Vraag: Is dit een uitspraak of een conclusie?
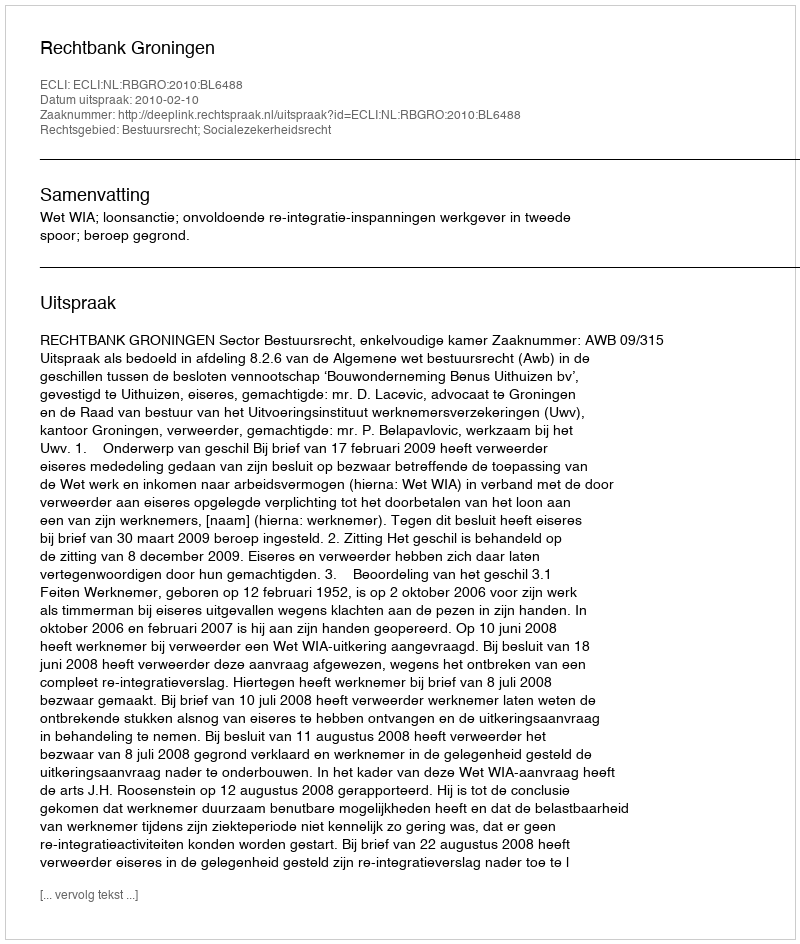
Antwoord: Uitspraak